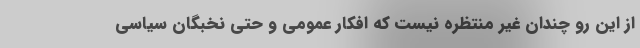
از این رو چندان غیر منتظره نیست که افکار عمومی و حتی نخبگان سیاسی